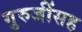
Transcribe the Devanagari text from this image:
गुरुजींसह